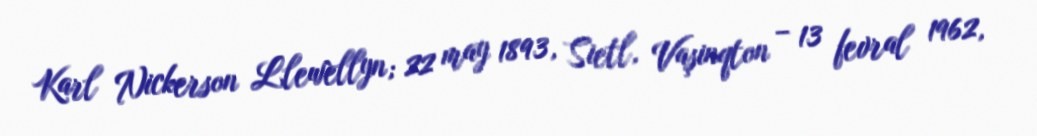
Karl Nickerson Llewellyn; 22 may 1893, Sietl, Vaşinqton – 13 fevral 1962,